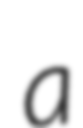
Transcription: a